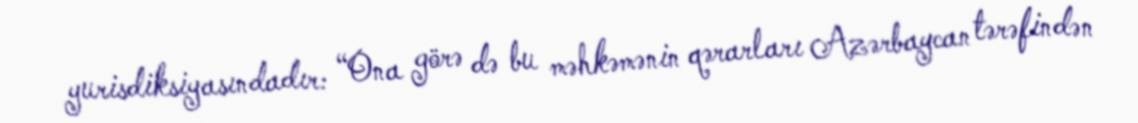
yurisdiksiyasındadır: “Ona görə də bu məhkəmənin qərarları Azərbaycan tərəfindən